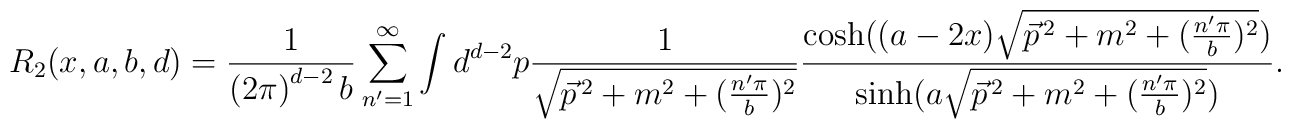
R_{2}(x,a,b,d)=\frac{1}{\left( 2\pi \right) ^{d-2}b}\sum_{n^{\prime}=1}^{\infty }\int d^{d-2}p \frac{1}{\sqrt{\vec{p}^{\,2}+m^{2}+(\frac{n^{\prime }\pi }{b})^{2}}}\frac{\cosh ( (a-2x)\sqrt{\vec{p}^{\,2}+m^{2}+(\frac{n^{\prime }\pi }{b})^{2}})}{\sinh (a\sqrt{\vec{p}^{\,2}+m^{2}+(\frac{n^{\prime }\pi }{b})^{2}})}.